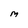
Character: M